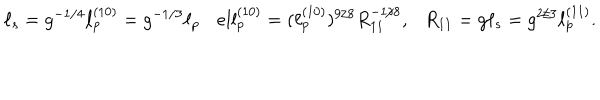
LaTeX: \ell _ { s } = g ^ { - 1 / 4 } \ell _ { p } ^ { ( 1 0 ) } = g ^ { - 1 / 3 } \ell _ { p } \ \ \ \, e l l _ { p } ^ { ( 1 0 ) } = ( \ell _ { p } ^ { ( 1 0 ) } ) ^ { 9 / 8 } R _ { 1 1 } ^ { - 1 / 8 } , \ \ \ R _ { 1 1 } = g \ell _ { s } = g ^ { 2 / 3 } \ell _ { p } ^ { ( 1 1 ) } .